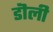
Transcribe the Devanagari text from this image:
डॊली